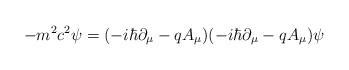
LaTeX: \begin{align*}-m^2c^2\psi =(-i\hbar \partial _\mu -qA_\mu )(-i\hbar \partial _\mu -qA_\mu)\psi \end{align*}